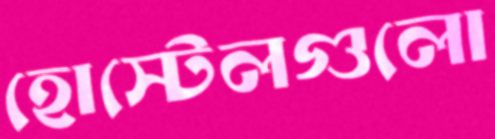
হোস্টেলগুলো